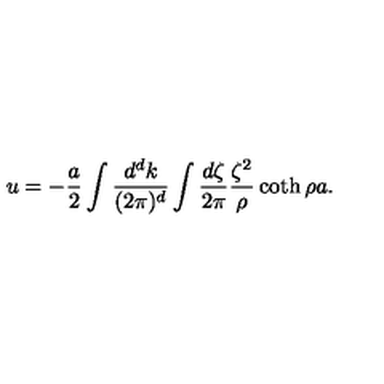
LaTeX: u = - { \frac { a } { 2 } } \int { \frac { d ^ { d } k } { ( 2 \pi ) ^ { d } } } \int { \frac { d \zeta } { 2 \pi } } { \frac { \zeta ^ { 2 } } { \rho } } \coth \rho a .